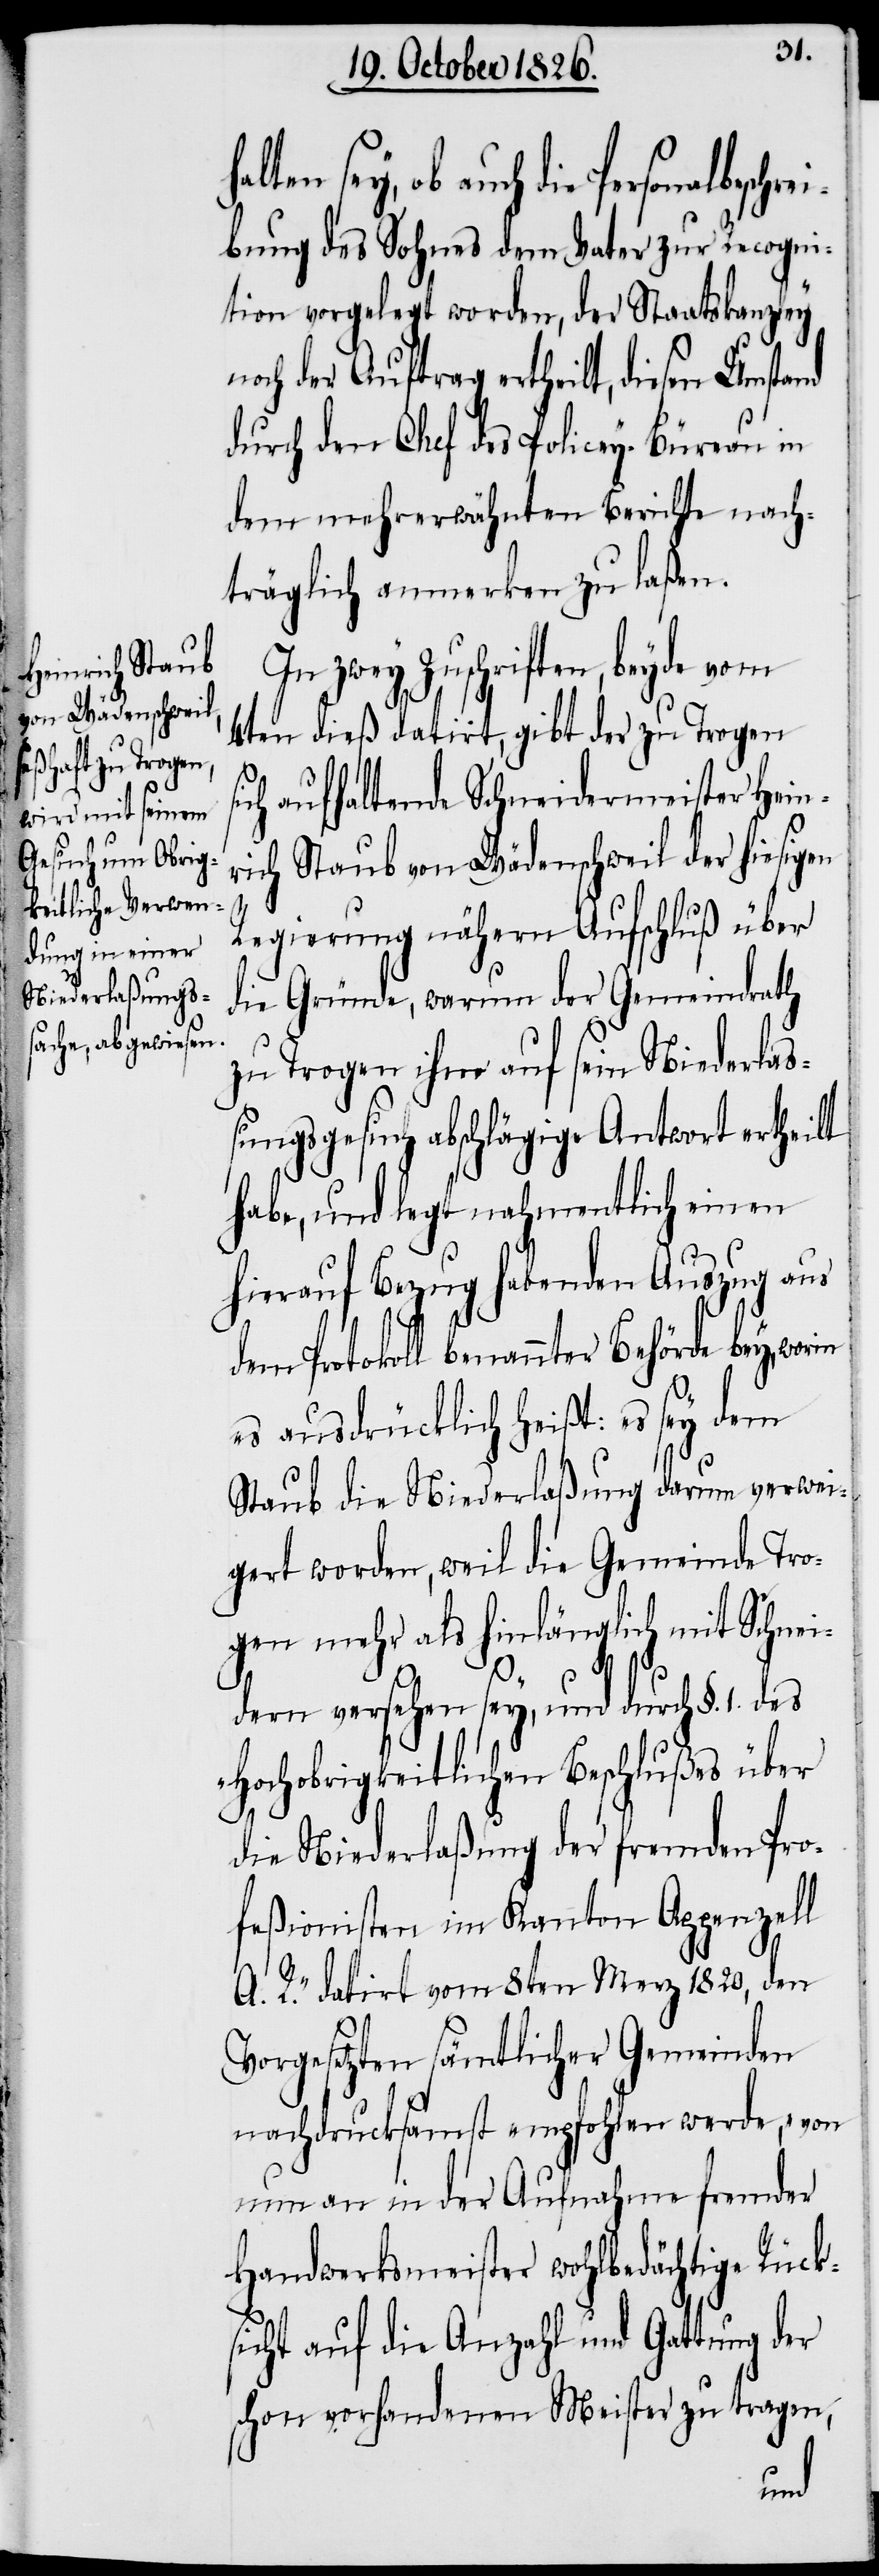
halten sey,

ob auch die Personalbeschre¬
ibung des Sohnes dem Vater zur Recogni¬
tion vorgelegt worden, der Staatskanzley
och der Auftrag ertheilt, diesen Umstand
durch den Chef des Policey-Büreau in
dem mehrerwähnten Berichte nach¬
träglich anmerken zu laßen.
In zwey Zuschriften, beyde vom
4ten dieß datirt, gibt der zu Trogen
ich aufhaltende Schneidermeister Hein¬
rich Staub von Wädenschweil der hiesigen
s¬
Regierung nähern Aufschluß über
die Gründe, warum der Gemeindrath
zu Trogen ihm auf sein Niederlaß¬
ungsgesuch abschlägige Antwort ertheilt
habe, und legt nahmentlich einen
hierauf Bezug habenden Auszug aus
dem Protokoll benannter Behörde bey, worin
es ausdrücklich heißt: es sey dem
Staub die Niederlaßung darum verwei¬
gert worden, weil die Gemeinde Tro¬
gen mehr als hinlänglich mit Schnei¬
A.
dern versehen sey, und durch §. 1. des
„Hochobrigkeitlichen Beschlußes über
die Niederlaßung der fremden Pro¬
feßionisten im Kanton Appenzell
R.“ datirt vom 8ten Merz 1820, den
Vorgesetzten sämtlicher Gemeinden
nachdrucksamst empfohlen werde, „von
nun an in der Aufnahme fremder
Handwerksmeister wohlbedächtige Rück¬
sicht auf die Anzahl und Gattung der
schon vorhandenen Meister zu tragen,